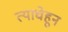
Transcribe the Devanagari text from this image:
त्याचेहून